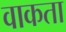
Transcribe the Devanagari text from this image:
वाकता